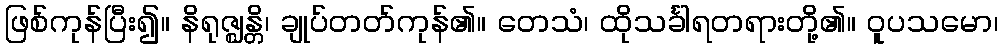
ဖြစ်ကုန်ပြီး၍။ နိရုဇ္ဈန္တိ၊ ချုပ်တတ်ကုန်၏။ တေသံ၊ ထိုသင်္ခါရတရားတို့၏။ ဝူပသမော၊